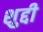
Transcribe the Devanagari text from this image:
शुद्दी